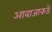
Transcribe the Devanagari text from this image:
आवाजाकडे